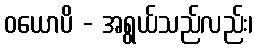
ဝယောပိ - အရွယ်သည်လည်း၊